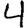
Digit: 4